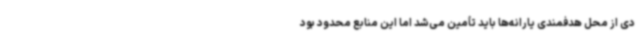
دی از محل هدفمندی یارانه‌ها باید تأمین می‌شد اما این منابع محدود بود